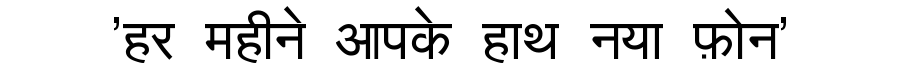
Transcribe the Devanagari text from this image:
'हर महीने आपके हाथ नया फ़ोन'